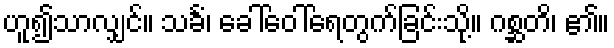
ဟူ၍သာလျှင်။ သင်္ခံ၊ ခေါ်ဝေါ်ရေတွက်ခြင်းသို့။ ဂစ္ဆတိ၊ ၏။